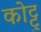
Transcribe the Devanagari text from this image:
कोट्टु